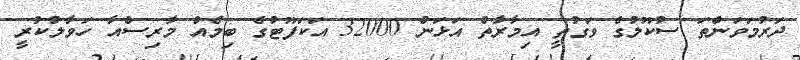
ދަރުމަވަންތަ ސުކޫލުގެ ވަގުތީ އިމާރާތް އަޅަން 32000 އަކަފޫޓުގެ ބިމެއް މާރިސްއާ ހަވާލުކުރީ